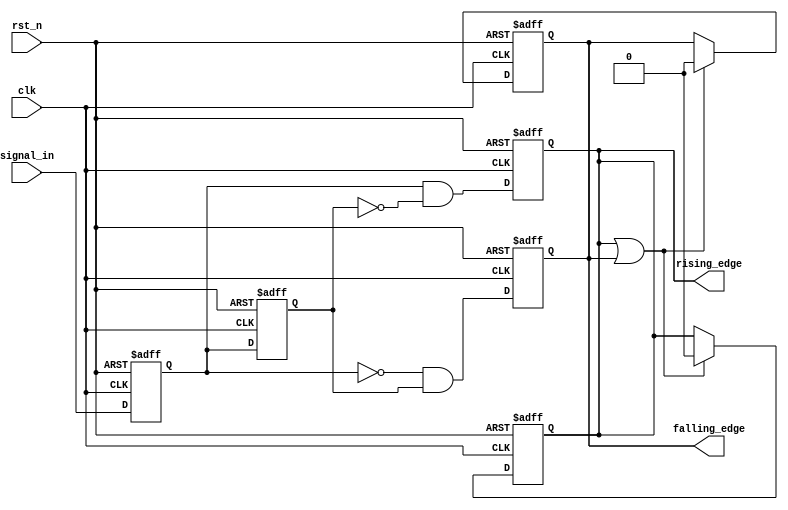
module glitch_free_edge_detector (
    input wire clk,               // Clock signal
    input wire rst_n,             // Active low reset
    input wire signal_in,         // Input signal to be monitored
    output reg rising_edge,       // Output signal for rising edge detection
    output reg falling_edge       // Output signal for falling edge detection
);

    reg current_state;            // Stores the current value of signal_in
    reg previous_state;           // Stores the previous value of signal_in

    // Asynchronous reset and state update on clock edge
    always @(posedge clk or negedge rst_n) begin
        if (!rst_n) begin
            current_state <= 1'b0; // Initialize current state to low
            previous_state <= 1'b0; // Initialize previous state to low
            rising_edge <= 1'b0;     // Initialize rising edge output to low
            falling_edge <= 1'b0;    // Initialize falling edge output to low
        end else begin
            // Update previous state before current state
            previous_state <= current_state;
            current_state <= signal_in;

            // Edge detection logic
            rising_edge <= (current_state && !previous_state); // Rising edge detected
            falling_edge <= (!current_state && previous_state); // Falling edge detected
        end
    end

    // Reset edge signals after one clock cycle
    always @(posedge clk or negedge rst_n) begin
        if (!rst_n) begin
            rising_edge <= 1'b0;
            falling_edge <= 1'b0;
        end else begin
            // Assert edge signals for one clock cycle
            if (rising_edge || falling_edge) begin
                rising_edge <= 1'b0; // Reset rising edge after one clock
                falling_edge <= 1'b0; // Reset falling edge after one clock
            end
        end
    end

endmodule